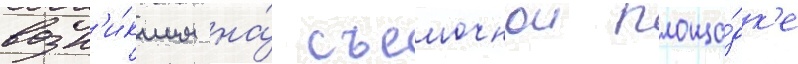
возн'и́кшим на́ съемочнои площа́дк'е